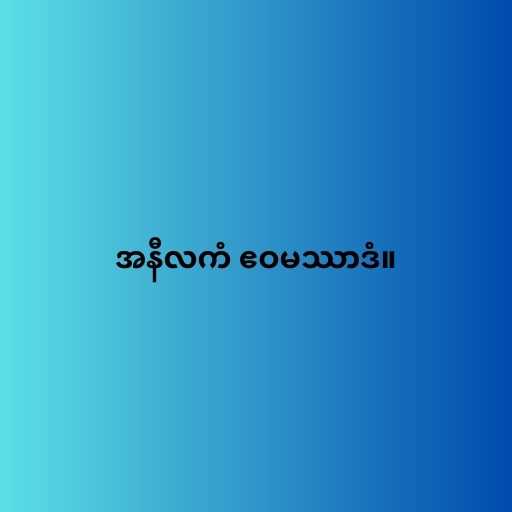
အနီလကံ ဧဝမဿာဒံ။